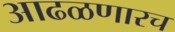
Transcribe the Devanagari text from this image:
आढळणारच